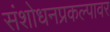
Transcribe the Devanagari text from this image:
संशोधनप्रकल्पावर